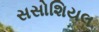
સસોશિયલ